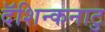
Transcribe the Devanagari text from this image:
दॅशिन्कनाटु